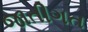
જાતીગત